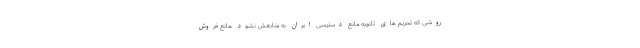
روشی که تحریم های ثانویه مانع دسترسی ایران به منابعش نشود ،مانع فروش